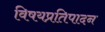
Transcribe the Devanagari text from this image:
विषयप्रतिपादन